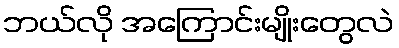
ဘယ်လို အကြောင်းမျိုးတွေလဲ